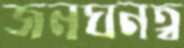
জনঘনত্ব